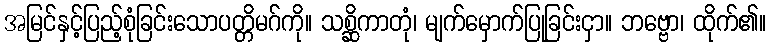
အမြင်နှင့်ပြည့်စုံခြင်းသောပတ္တိမဂ်ကို။ သစ္ဆိကာတုံ၊ မျက်မှောက်ပြုခြင်းငှာ။ ဘဗ္ဗော၊ ထိုက်၏။